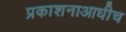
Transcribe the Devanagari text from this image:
प्रकाशनाआधीच